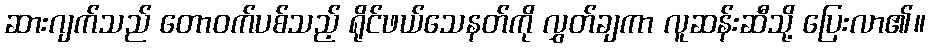
ဆားဂျက်သည် တောဝက်ပစ်သည့် ရိုင်ဖယ်သေနတ်ကို လွှတ်ချကာ လူဆန်းဆီသို့ ပြေးလာ၏။